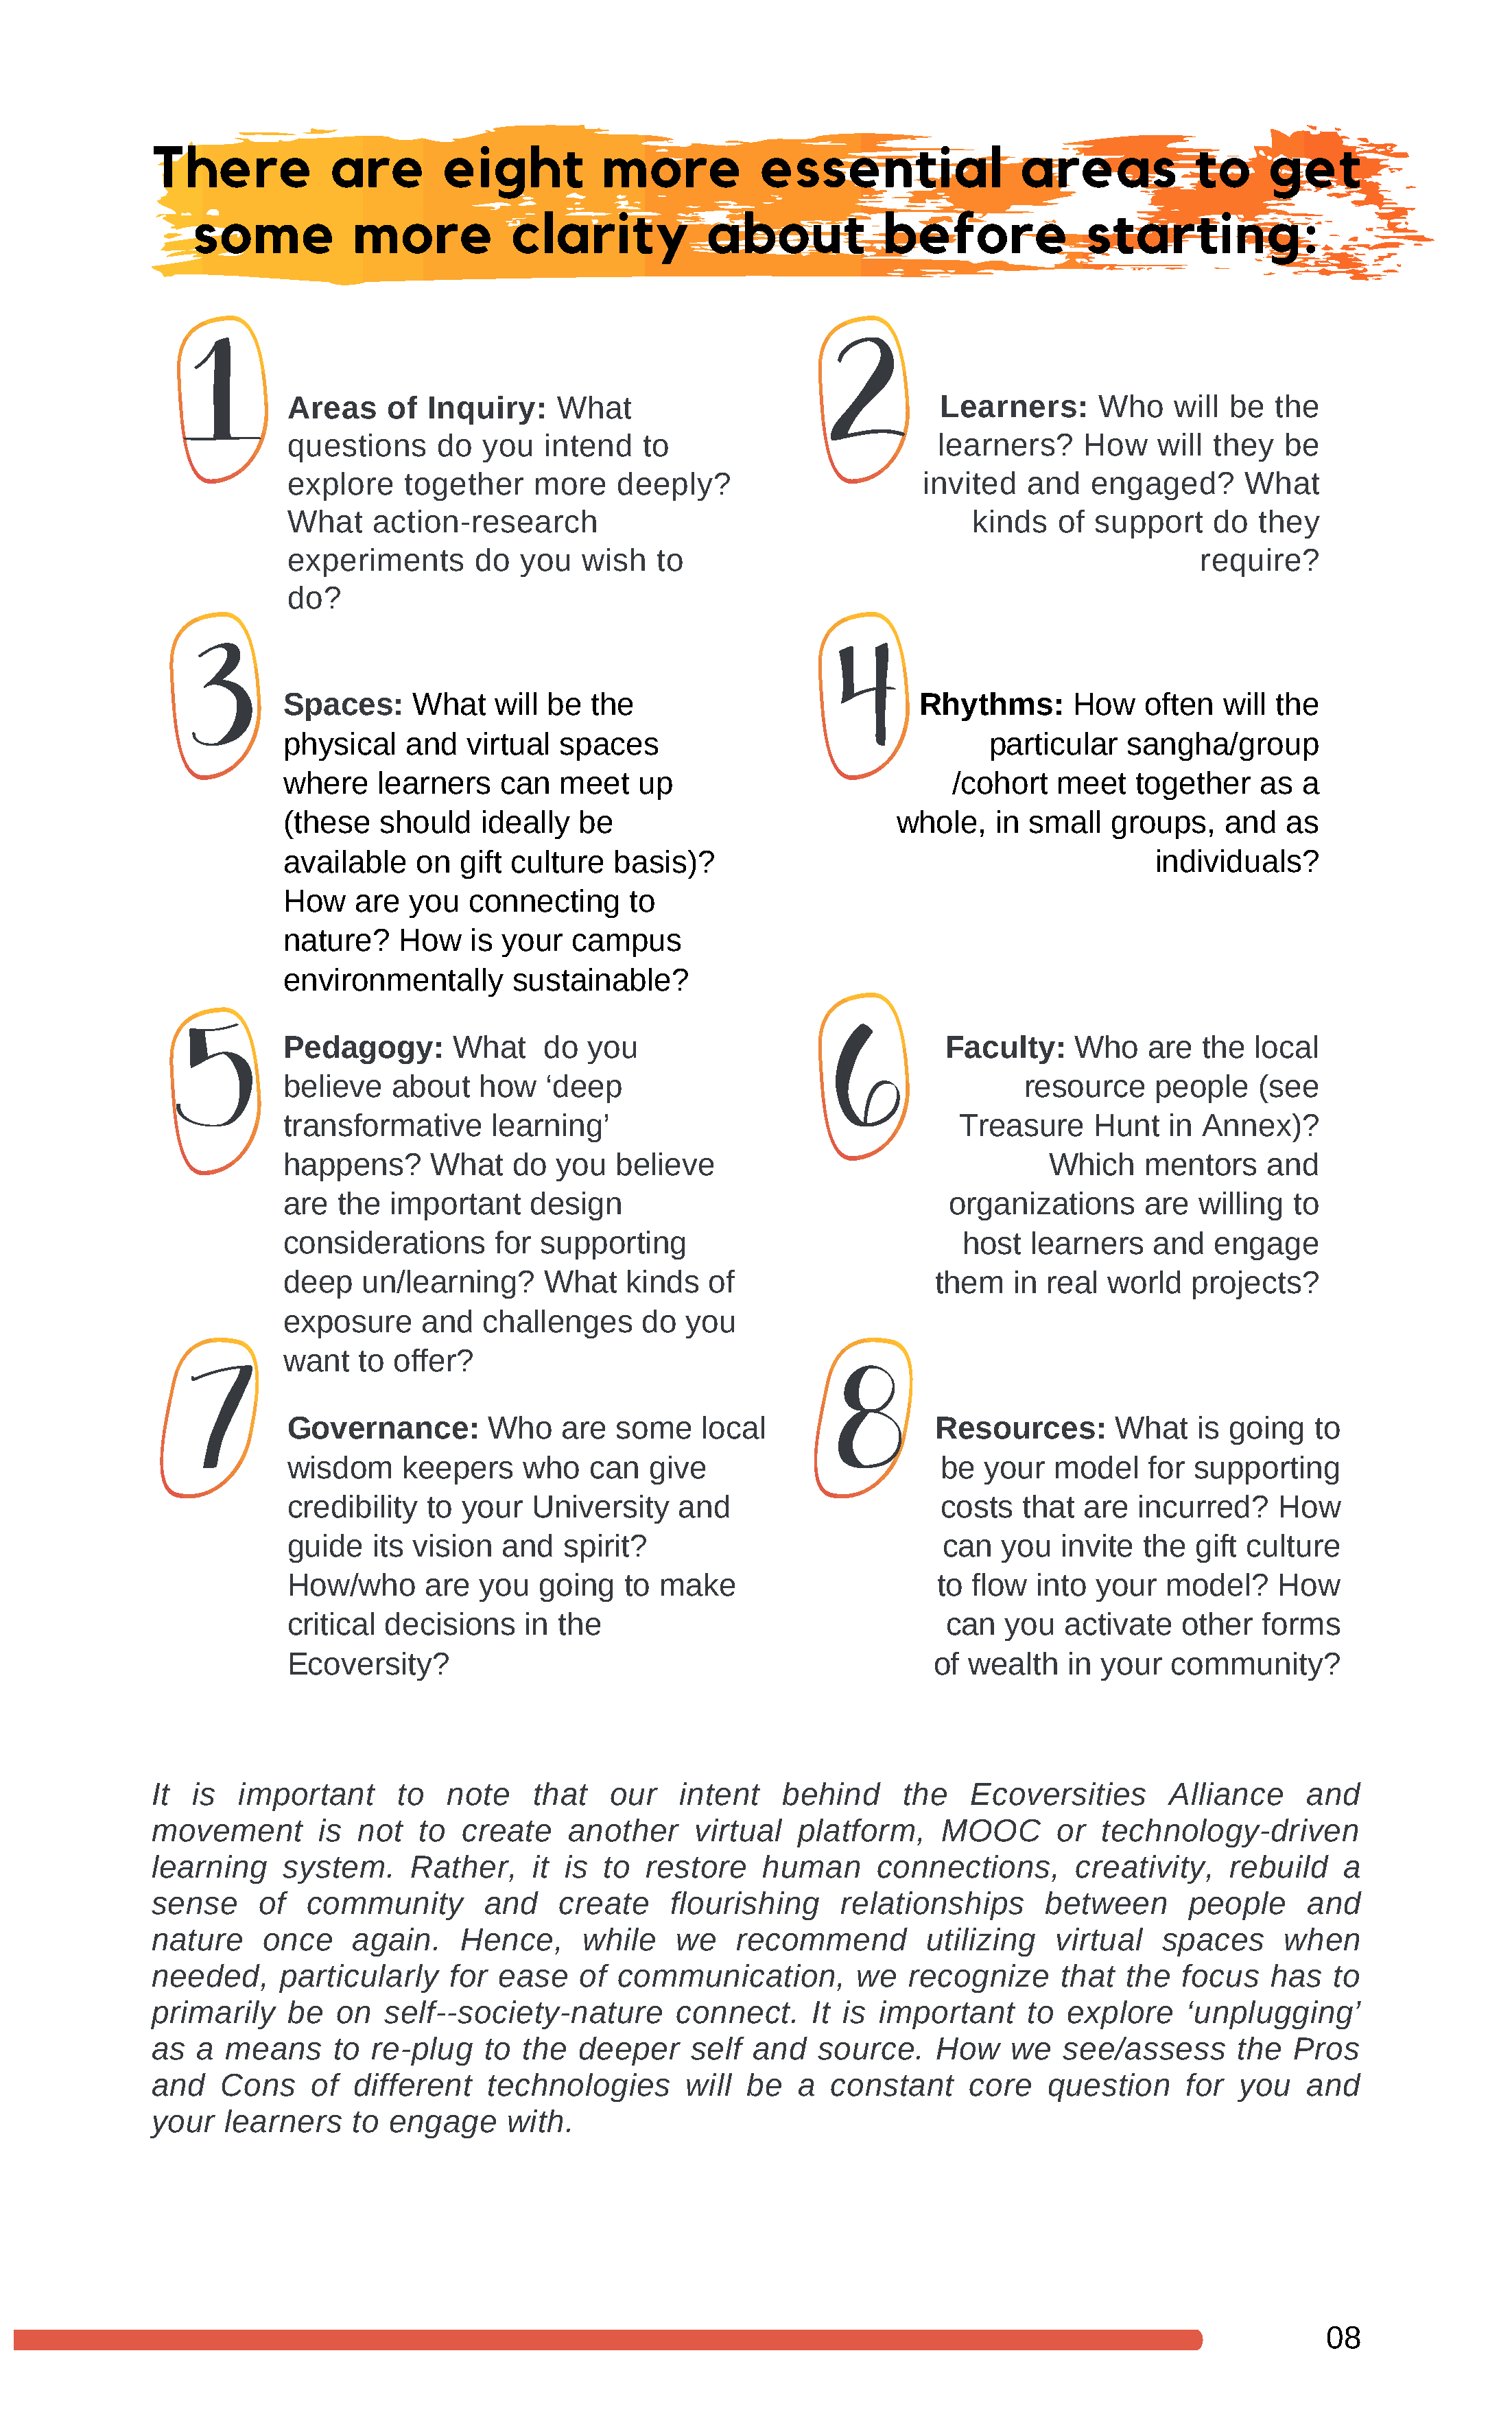
There            are        eight          more           essential                areas            to     get
 some           more           clarity            about            before              starting:
 Areas    of  Inquiry:     What                                 Learners:      Who    will  be  the
 questions     do   you  intend    to                          learners?      How    will they   be
 explore    together    more     deeply?                      invited   and   engaged?       What
 What    action-research                                           kinds   of  support    do  they
 experiments       do  you   wish   to                                                   require?
 do?
 Spaces:      What    will be  the                             Rhythms:       How   often   will the
 physical    and   virtual  spaces                                   particular    sangha/group
 where    learners    can   meet    up                            /cohort   meet    together    as  a
 (these    should   ideally   be                            whole,    in small   groups,    and   as
 available    on  gift culture   basis)?                                             individuals?
 How    are  you   connecting      to
 nature?    How    is your   campus
 environmentally       sustainable?
 Pedagogy:        What    do   you                               Faculty:     Who    are  the  local
 believe    about   how    ‘deep                                         resource    people    (see
 transformative      learning’                                     Treasure     Hunt   in Annex)?
 happens?      What    do   you  believe                                   Which    mentors     and
 are   the  important    design                                   organizations     are   willing  to
 considerations       for supporting                               host  learners    and   engage
 deep    un/learning?     What    kinds   of                    them    in real  world   projects?
 exposure      and   challenges     do  you
 want    to offer?
 Governance:        Who    are  some     local                 Resources:        What    is going   to
 wisdom     keepers    who    can   give                        be  your   model    for supporting
 credibility  to  your  University     and                      costs   that  are  incurred?    How
 guide   its vision  and   spirit?                              can   you  invite  the  gift culture
 How/who      are  you   going   to  make                      to  flow  into  your   model?    How
 critical decisions     in the                                  can   you   activate   other   forms
 Ecoversity?                                                   of wealth    in your   community?
 It  is  important      to   note    that    our    intent   behind      the    Ecoversities       Alliance     and
 movement        is  not  to   create    another     virtual   platform,     MOOC       or  technology-driven
 learning    system.      Rather,    it is  to  restore     human      connections,       creativity,    rebuild    a
 sense     of   community        and    create     flourishing     relationships       between       people     and
 nature    once     again.    Hence,      while    we    recommend         utilizing    virtual   spaces      when
 needed,     particularly    for  ease    of  communication,         we   recognize     that   the  focus    has   to
 primarily    be  on   self--society-nature        connect.     It is  important     to  explore    ‘unplugging’
 as  a  means     to  re-plug    to the   deeper     self  and   source.    How     we   see/assess      the   Pros
 and   Cons     of  different    technologies       will  be   a  constant     core    question     for   you   and
 your   learners    to  engage     with.
 08